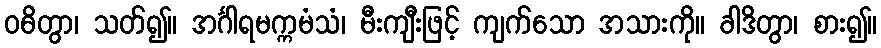
ဝဓိတွာ၊ သတ်၍။ အင်္ဂါရမက္ကမံသံ၊ မီးကျီးဖြင့် ကျက်သော အသားကို။ ခါဒိတွာ၊ စား၍။